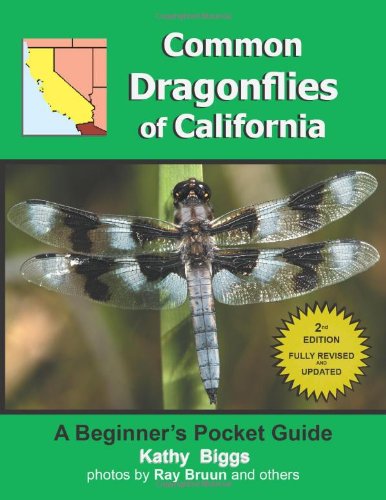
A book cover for Common Dragonflies of California; Kathy Biggs; Sports & Outdoors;